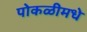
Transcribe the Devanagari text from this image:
पोकळीमधे